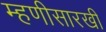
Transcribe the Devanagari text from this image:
म्हणीसारखी